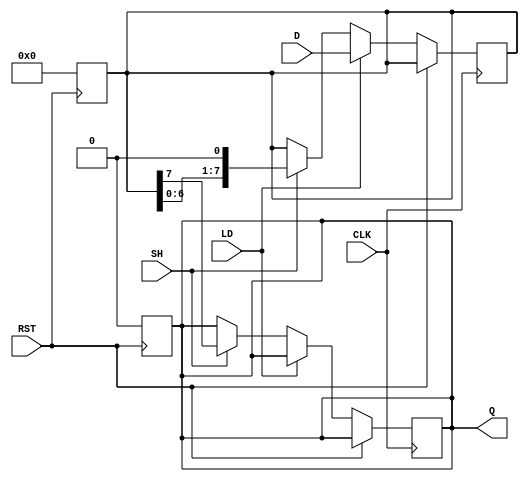
module PISO_Register (
    input wire [7:0] D,        // Parallel input data
    input wire LD,             // Load control signal
    input wire SH,             // Shift control signal
    input wire CLK,            // Clock signal
    input wire RST,            // Asynchronous reset signal
    output reg Q               // Serial output data
);
    reg [7:0] shift_reg;       // Internal shift register to hold the data

    // Asynchronous reset logic
    always @(posedge RST) begin
        shift_reg <= 8'b0;      // Clear the shift register
        Q <= 1'b0;              // Clear output
    end

    // Main operation logic
    always @(posedge CLK) begin
        if (RST) begin
            // Reset state handled above
        end else if (LD) begin
            // Load data into the shift register
            shift_reg <= D;      // Load data on rising edge of CLK when LD is high
        end else if (SH) begin
            // Shift operation
            Q <= shift_reg[7];   // Output the MSB
            shift_reg <= {shift_reg[6:0], 1'b0}; // Shift left, fill LSB with 0
        end
    end
endmodule